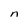
Character: n